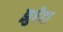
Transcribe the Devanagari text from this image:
झुबैदा